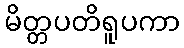
မိတ္တပတိရူပကာ